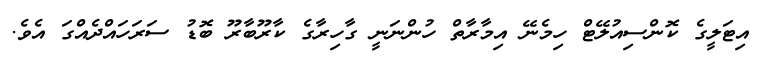
އިޓަލީގެ ކޮންސިއުލޭޓް ހިމެނޭ އިމާރާތް ހުންނަނީ ގާހިރާގެ ކާރޫބާރޫ ބޮޑު ސަރަހައްދެއްގަ އެވެ.